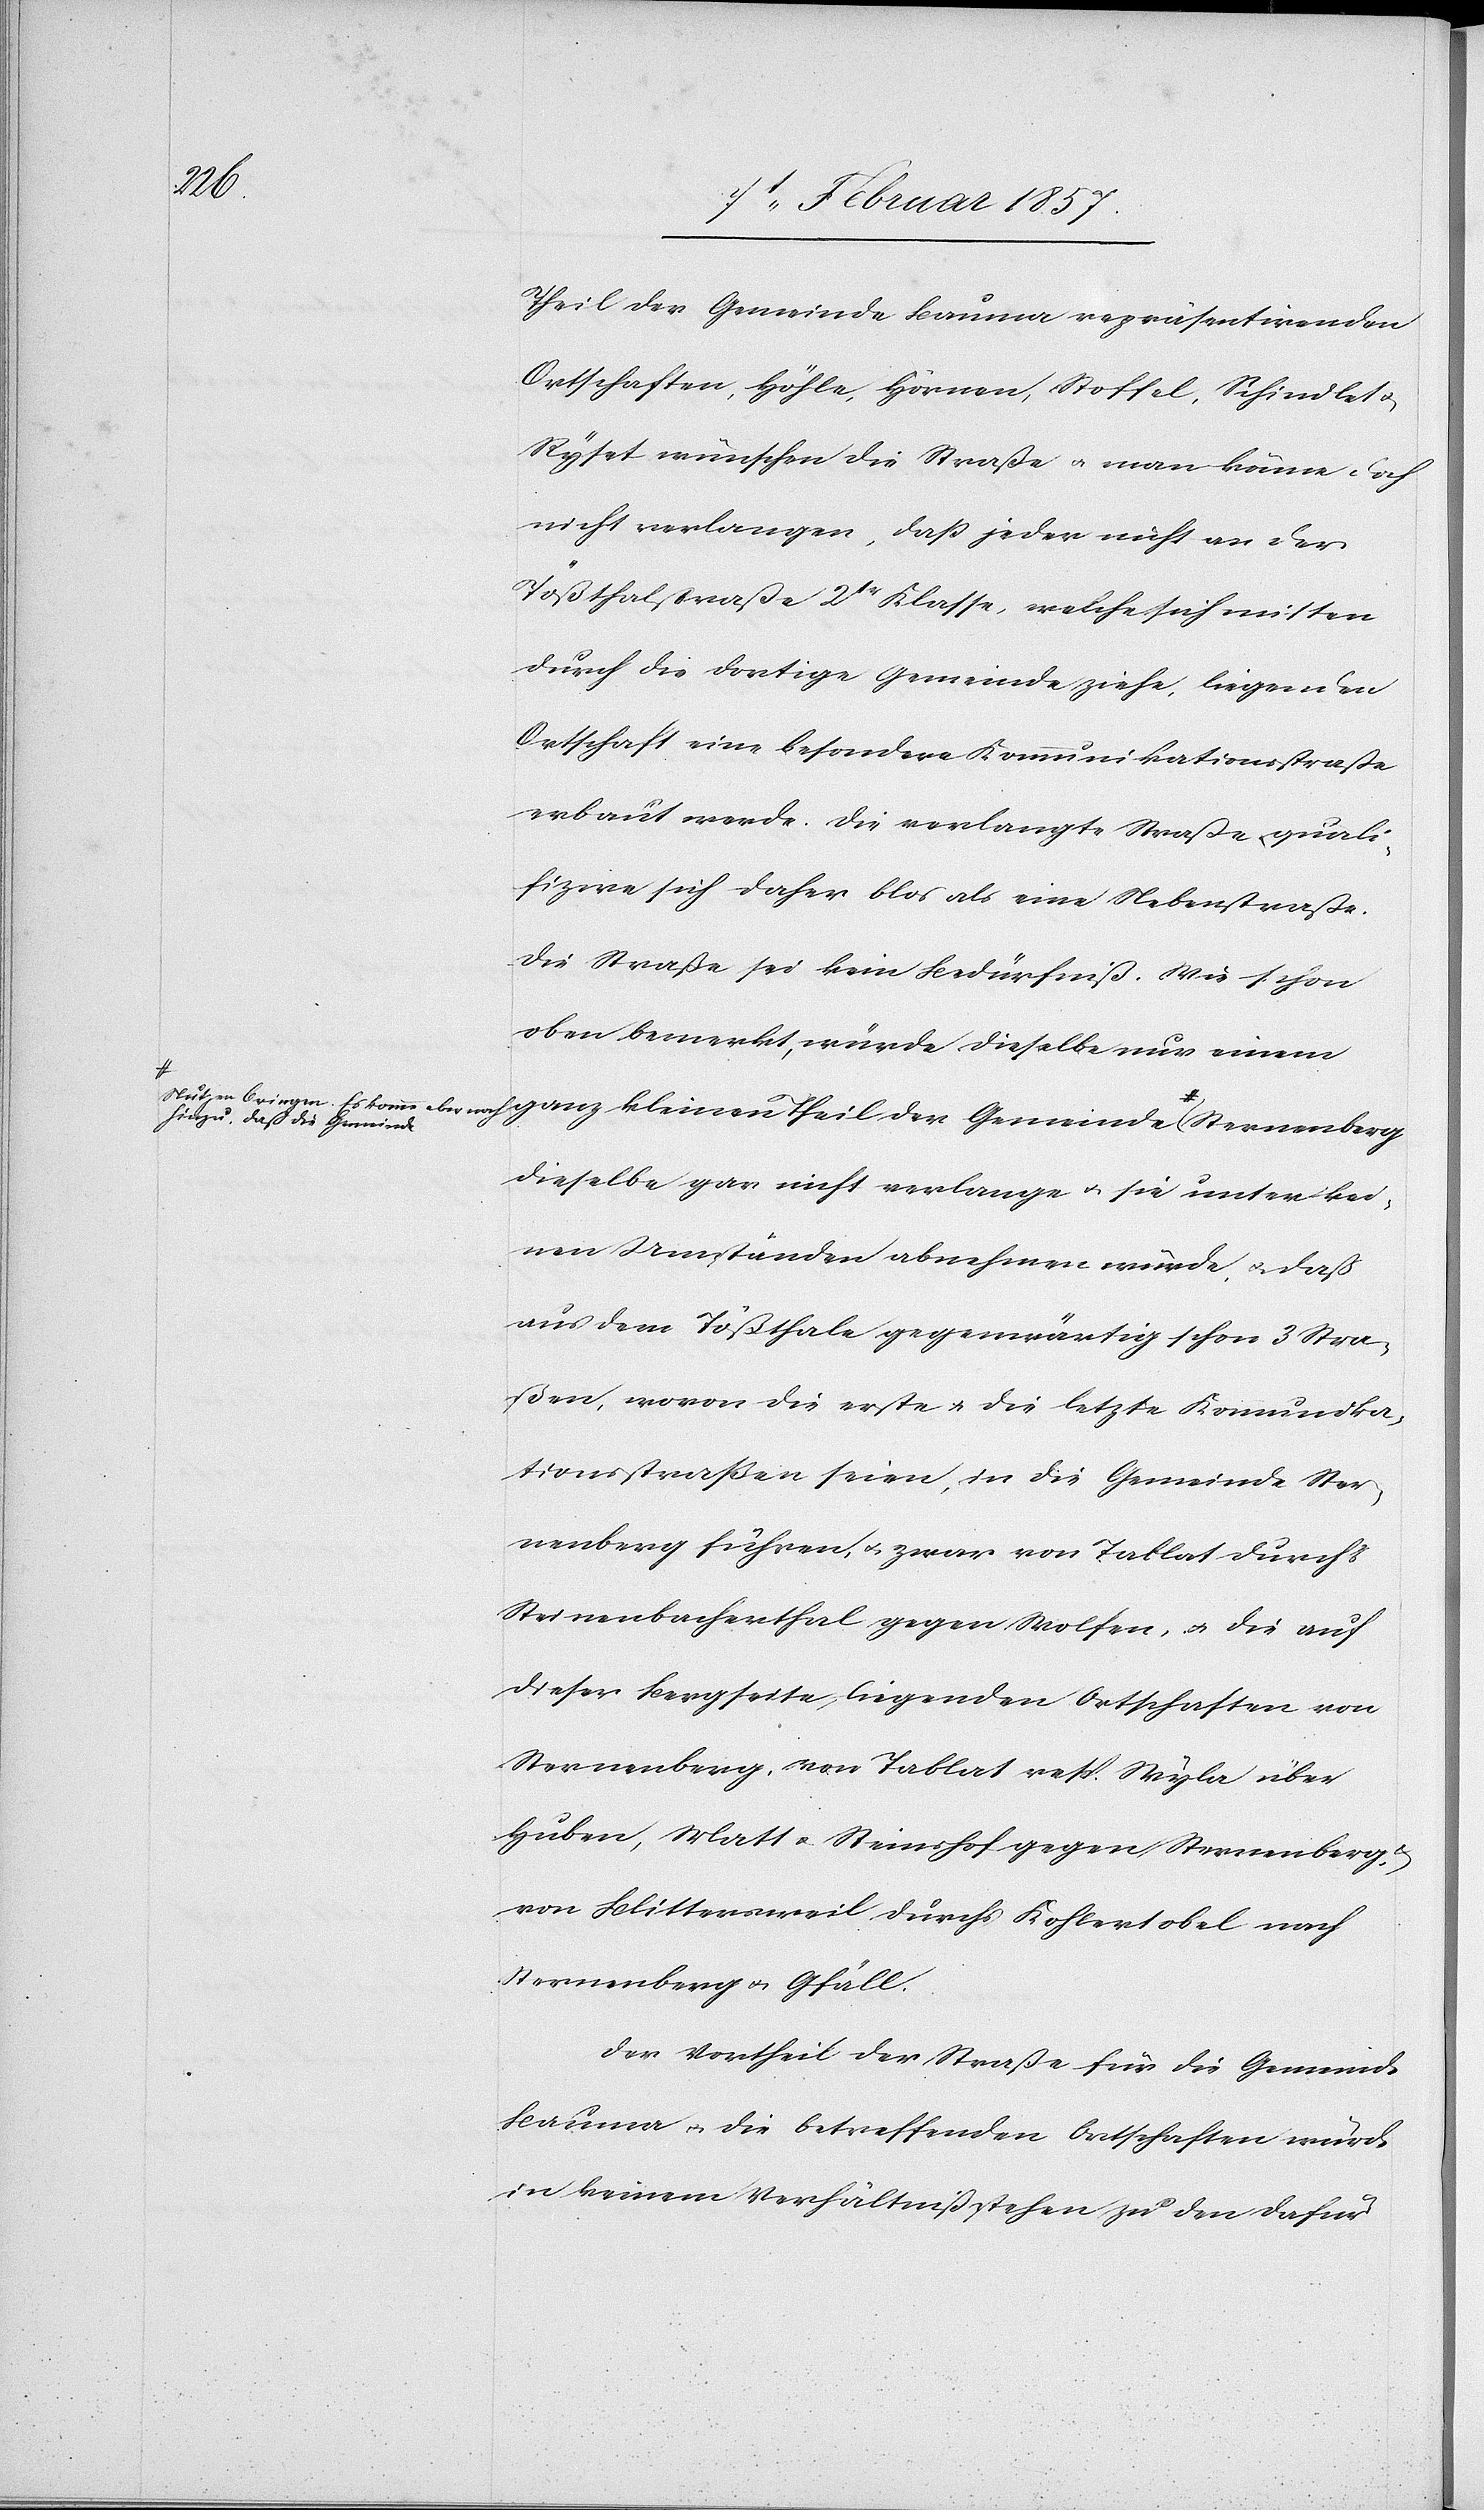
hinzu, daß die Gemeinde-a

Theil der Gemeinde Bauma repräsentirenden
Ortschaften, Höhle, Hörnen, Stoffel, Schindlet u.
Ryset wünschen die Straße u. man könne doch
nicht verlangen, daß jeder nicht an der
Tößthalstraße 2tr Klasse, welche sich mitten
durch die dortige Gemeinde ziehe, liegenden
Ortschaft eine besondere Kommunikationsstraße
erbaut werde. Die verlangte Straße quali¬
fizire sich daher blos als eine Nebenstraße.
Die Straße sei kein Bedürfniß. Wie schon
oben bemerkt, würde dieselbe nur einem
ganz kleinen Theil der Gemeinde a-Nutzen bringen.
dieselbe gar nicht verlange u. sie unter kei¬
nen Umständen abnehmen würde, u. daß
aus dem Tößthale gegenwärtig schon 3 Stra¬
ßen, wovon die erste u. die letzte Kommunika¬
tionsstraßen seien, in die Gemeinde Ster¬
nenberg führen, u. zwar von Tablat durch
Steinenbacherthal gegen Wolsen, u. die auf
dieser Bergseite liegenden Ortschaften von
Sternenberg, von Tablat resp. Wyla über
Huben, Matt u. Steinshof gegen Sternenberg
von Blittersweil durchs Kohlertobel nach
Sternenberg u. Gfäll.
Der Vortheil der Straße für die Gemeinde
Bauma u. die betreffenden Ortschaften würde
in keinem Verhältniß stehen zu den dafür